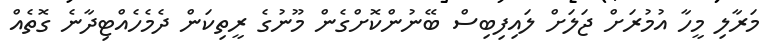
މަރާލި މީހާ އުމުރަށް ޖަލަށް ލައިފިބިސް ބޭނުންކޮށްގެން މޫނުގެ ރީތިކަން ދެމެހެއްޓިދާނެ ގޮތެއް